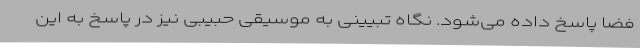
فضا پاسخ داده می‌شود. نگاه تبیینی به موسیقی حبیبی نیز در پاسخ به این